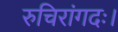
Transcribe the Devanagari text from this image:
रुचिरांगदः।